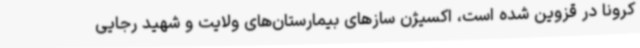
کرونا در قزوین شده است، اکسیژن سازهای بیمارستان‌های ولایت و شهید رجایی